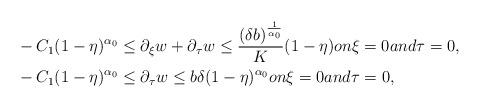
LaTeX: \begin{align*}&-C_1(1-\eta)^{\alpha_0}\leq\partial_\xi w+\partial_\tau w\leq \frac{(\delta b)^{\frac{1}{\alpha_0}}}{K}(1-\eta)on\xi=0 and \tau=0,\\& -C_1(1-\eta)^{\alpha_0}\leq\partial_\tau w \leq b\delta(1-\eta)^{\alpha_0}on\xi=0 and \tau=0,\end{align*}